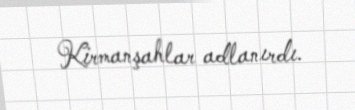
Kirmanşahlar adlanırdı.